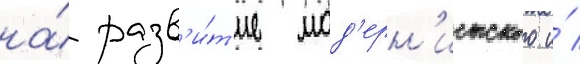
на́ разв'и́т'ие мод'ерн'истского и́